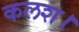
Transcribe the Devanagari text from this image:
कलश।